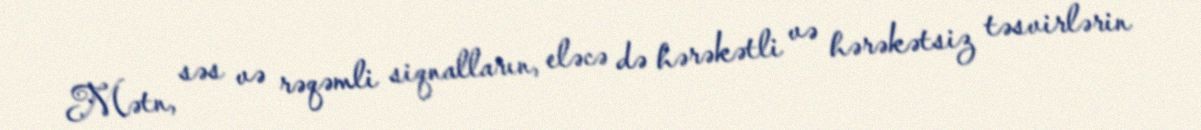
Mətn, səs və rəqəmli siqnalların, eləcə də hərəkətli və hərəkətsiz təsvirlərin